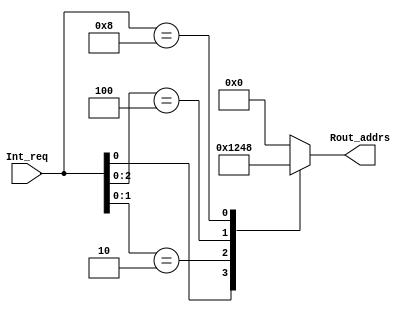
`timescale 1ns / 1ps
//////////////////////////////////////////////////////////////////////////////////
// Company: 
// Engineer: 
// 
// Design Name: 
// Module Name:    enc4_prio 
// Project Name: 
// Target Devices: 
// Tool versions: 
// Description: 
//
// Dependencies: 
//
// Revision: 
// Revision 0.01 - File Created
// Additional Comments: 
//
//////////////////////////////////////////////////////////////////////////////////
module Encoder_4 (Int_req, Rout_addrs);
input [3:0] Int_req;
output [3:0] Rout_addrs;
reg [3:0] Rout_addrs;
	always @ (Int_req)	begin
		casex (Int_req)
			4'bxxx1 : Rout_addrs=4'd1; 
			4'bxx10 : Rout_addrs=4'd2;
			4'bx100 : Rout_addrs=4'd4;
			4'b1000 : Rout_addrs= 4'd8;
			default : Rout_addrs=4'd0;
		endcase
	end
endmodule